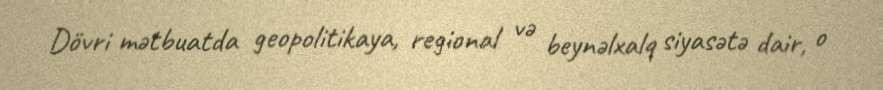
Dövri mətbuatda geopolitikaya, regional və beynəlxalq siyasətə dair, o